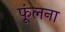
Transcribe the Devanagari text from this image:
फूंलना